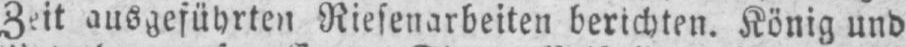
Zeit ausgeführten Riesenarbeiten berichten. König und